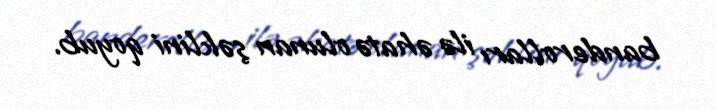
banderolları ilə əhatə olunan şəklini qoyub.